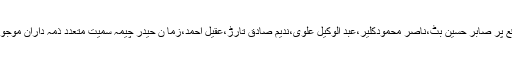
اس موقع پر صابر حسین بٹ،ناصر محمودکلیر،عبد الوکیل علوی،ندیم صادق تارڑ،عقیل احمد،زما ن حیدر چیمہ سمیت متعدد ذمہ داران موجو دتھے۔